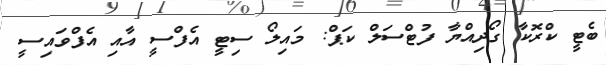
ބެޓީ ކްރޮކާ ގޯދިއްޔާ ފުޓްސަލް ކަޕް: މައިލޯ ސިޓީ އެފްސީ އާއި އެފްވައިސީ